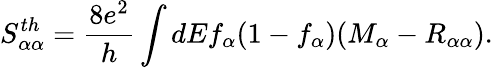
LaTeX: {S_{\alpha\alpha}^{th}}=\frac{8e^{2}}{h}\int dEf_{\alpha}(1-f_{\alpha})(M_{\alpha}-R_{\alpha\alpha}).